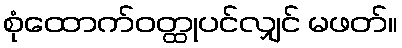
စုံထောက်ဝတ္ထုပင်လျှင် မဖတ်။